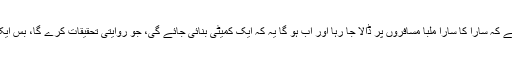
سنجیدگی کا عالم یہ ہے کہ سارا کا سارا ملبا مسافروں پر ڈالا جا رہا اور اب ہو گا یہ کہ ایک کمیٹی بنائی جائے گی، جو روایتی تحقیقات کرے گا، بس ایک معاملہ ختم اور کیا۔